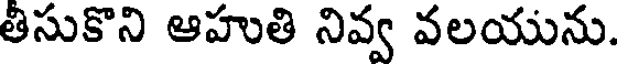
తీసుకొని ఆహుతి నివ్వ వలయును.